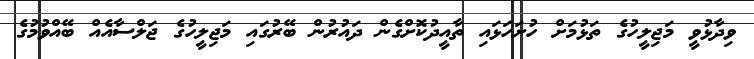
ވިދާޅުވީ މަޖިލީހުގެ ތަޅުމަށް ހުށަހަޅައި ތާއީދުކޮށްގެން ދައުރުން ބޭރުގައި މަޖިލީހުގެ ޖަލްސާއެއް ބޭއްވުމުގެ